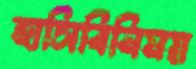
হাসিবিনিময়